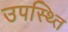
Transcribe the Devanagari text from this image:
उपस्थ्ति